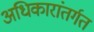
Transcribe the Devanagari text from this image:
अधिकारांतर्गत